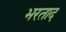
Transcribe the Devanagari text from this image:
भरताद